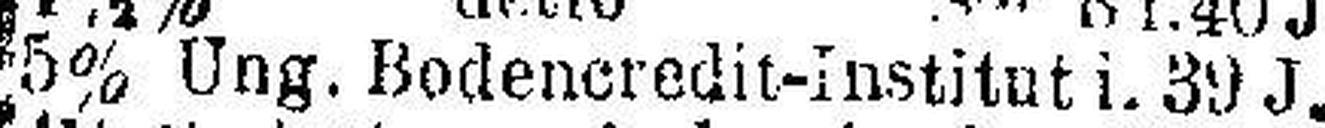
5% Ung. Bodencredit-Institut i. 39 J. v.